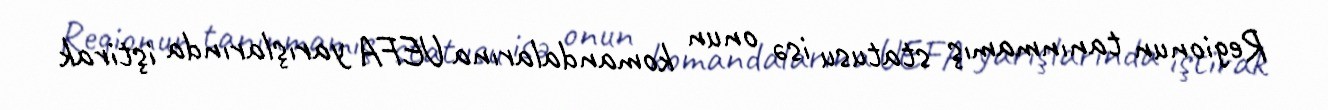
Regionun tanınmamış statusu isə onun komandalarına UEFA yarışlarında iştirak